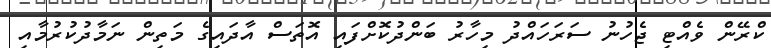
ކްރޭން ވެއްޓި ޖެހުނު ސަރަހައްދު މިހާރު ބަންދުކޮށްފައި އޮތަސް އާދައިގެ މަތިން ނަމާދުކުރުމާއި